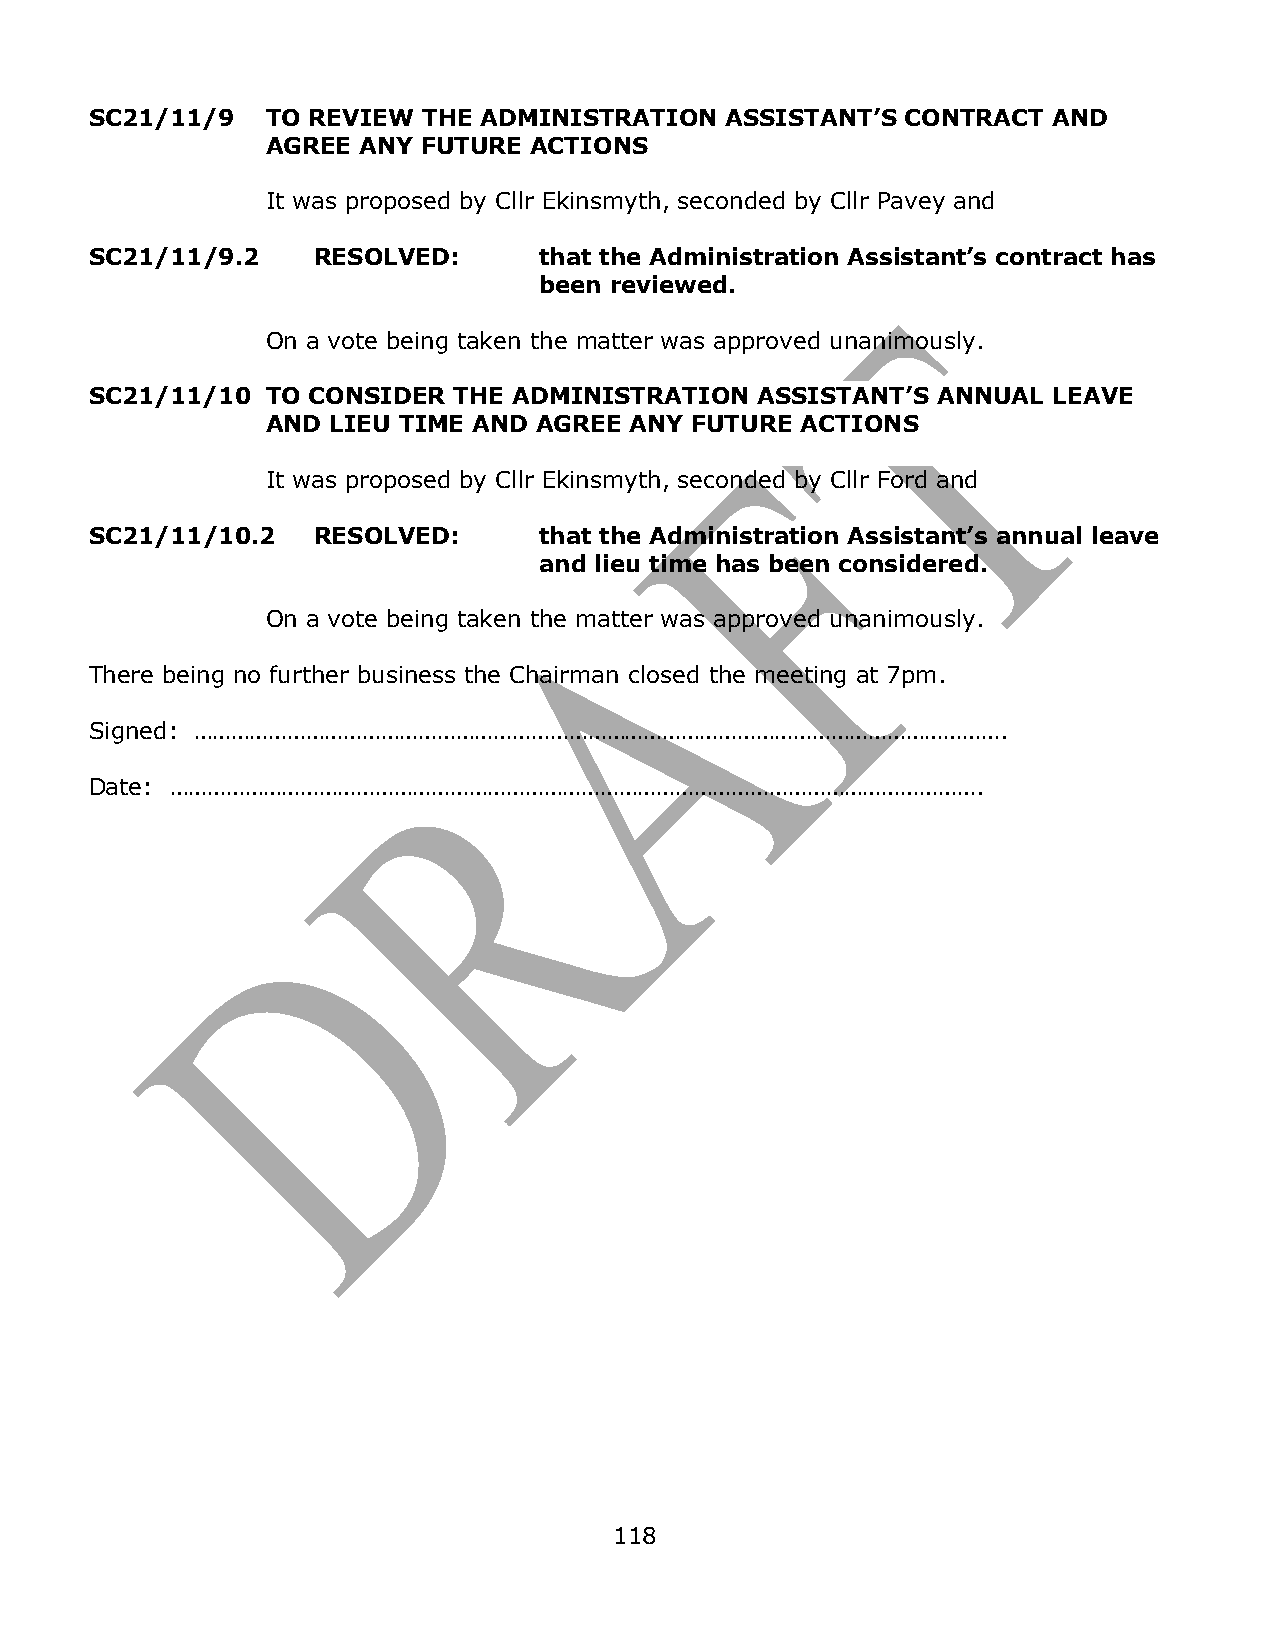
SC21/11/9   TO REVIEW THE ADMINISTRATION  ASSISTANT’S CONTRACT  AND
 AGREE ANY FUTURE ACTIONS
 It was proposed by Cllr Ekinsmyth, seconded by Cllr Pavey and
 SC21/11/9.2    RESOLVED:      that the Administration Assistant’s contract has
 been reviewed.
 On a vote being taken the matter was approved unanimously.
 SC21/11/10  TO CONSIDER THE ADMINISTRATION  ASSISTANT’S ANNUAL  LEAVE
 AND LIEU TIME AND AGREE ANY FUTURE ACTIONS
 It was proposed by Cllr Ekinsmyth, seconded by Cllr Ford and
 SC21/11/10.2   RESOLVED:      that the Administration Assistant’s annual leave
 and lieu time has been considered.
 On a vote being taken the matter was approved unanimously.
 There being no further business the Chairman closed the meeting at 7pm.
 Signed: ………………………………………………………………………………………………………………….
 Date: ………………………………………………………………………………………………………………….
 118